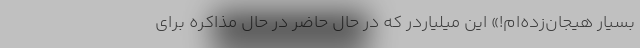
بسیار هیجان‌زده‌ام!» این میلیاردر که در حال حاضر در حال مذاکره برای